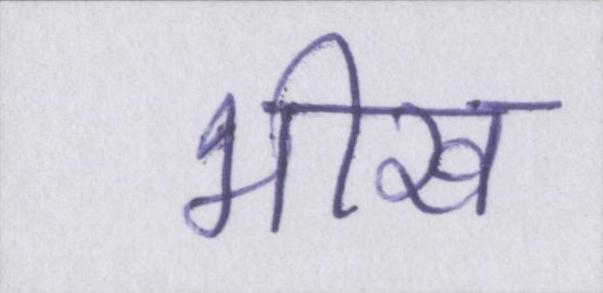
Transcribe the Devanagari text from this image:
भीख